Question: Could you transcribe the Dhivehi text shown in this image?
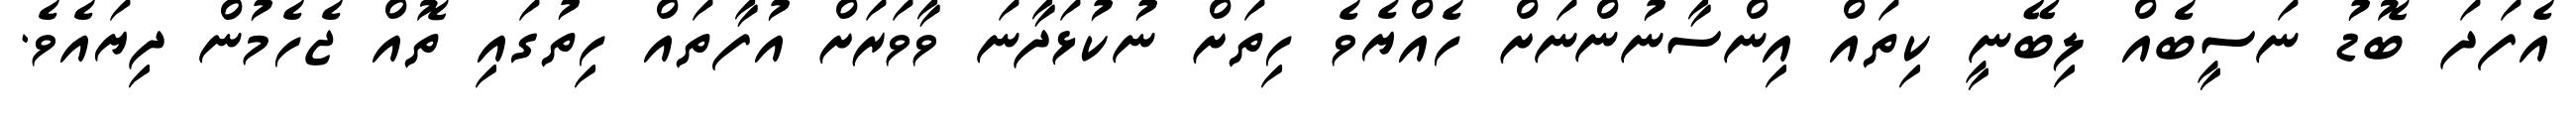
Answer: އެފަދަ ބޮޑު ނަސީބެއް ލިބޭނީ ކިތައް އިންސާނުންނަށް ހެއްޔެވެ ހިތަށް ނުކުޅަދާނަ ވާވަރަށް އުފާތައް ހިތުގައި ތޮއް ޖެހެމުން ދިޔައެވެ.